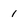
Character: 1